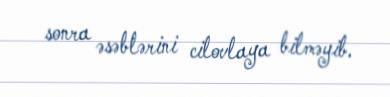
sonra əsəblərini cilovlaya bilməyib.